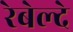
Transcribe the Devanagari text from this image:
रेबेल्दे